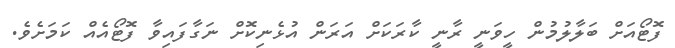
ފޮޓޯއަށް ބަލާލުމުން ހީވަނީ ރާނީ ކާރަކަށް އަރަން އުޅެނިކޮށް ނަގާފައިވާ ފޮޓޯއެއް ކަމަށެވެ.